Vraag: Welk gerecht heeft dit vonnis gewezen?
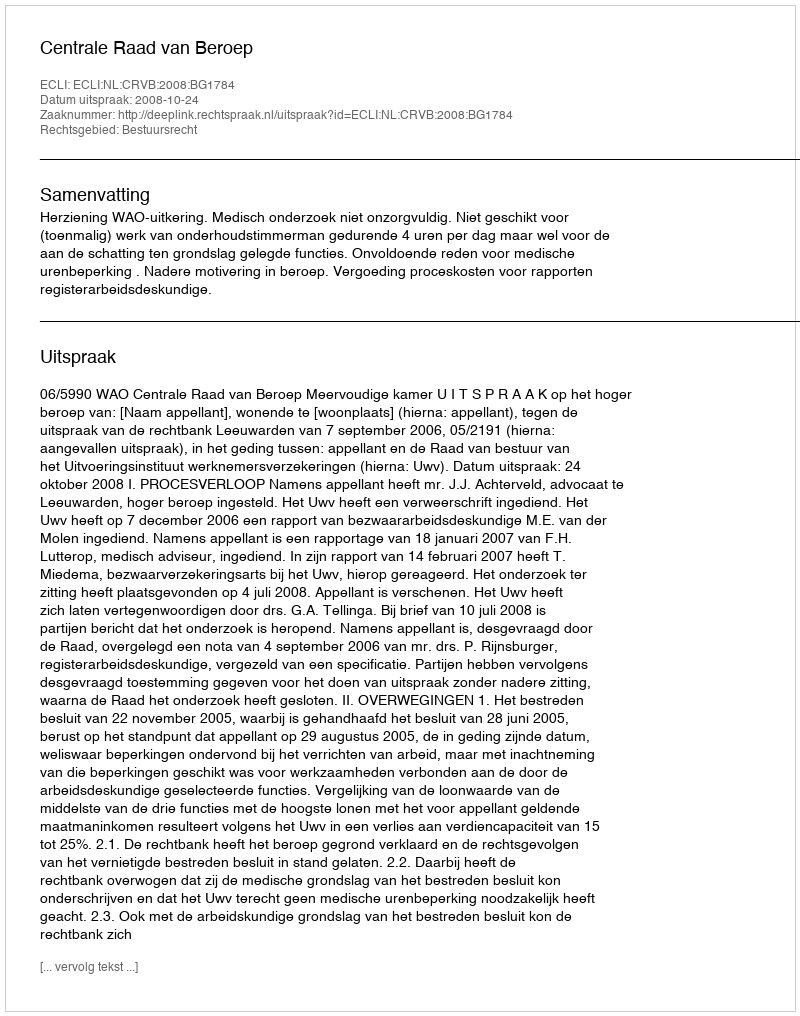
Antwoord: Centrale Raad van Beroep